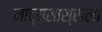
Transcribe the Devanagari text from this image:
नाट्यशास्राला